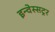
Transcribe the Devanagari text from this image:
इन्वेस्सट्रर